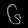
Digit: ၆